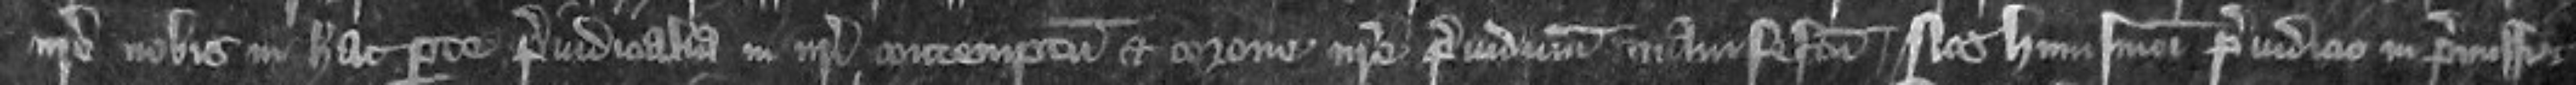
nostre nobis in hac parte preiudicalia in nostri contemptum et corone nostre preiudicium manifestam nos huiusmodi preiudicio in permissus